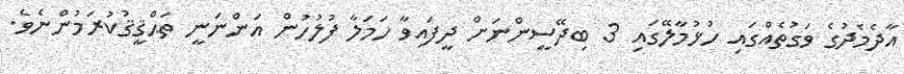
އާދެމެދުގެ ވަގުތެއްގައި ހުޅުމާލޭގައި 3 ބިދޭސީންނަށް ދީފައިވާ ހަމަލާ ފުލުހުން އަންނަނީ ތަޙްޤީޤުކުރަމުންނެވެ.